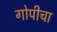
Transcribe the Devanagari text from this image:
गोपीचा